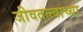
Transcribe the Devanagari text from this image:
जीवतत्त्वाच्या